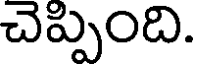
చెప్పింది.